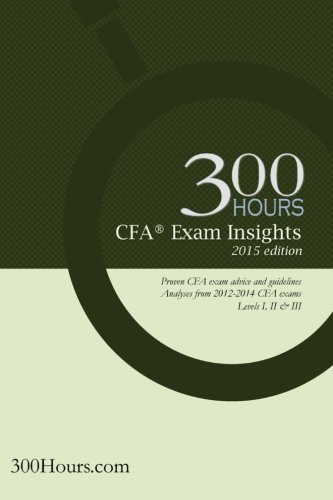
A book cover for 300 Hours CFA Exam Insights: The one-of-a-kind CFA exam guide to give you an edge in passing your CFA exams; 300 Hours; Education & Teaching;